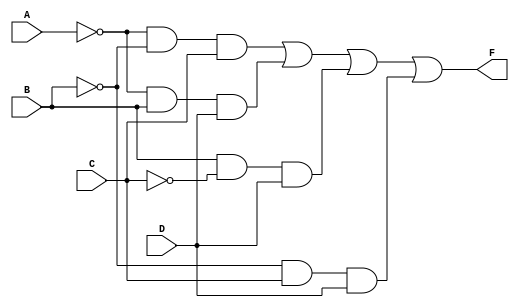
module prime(output F ,input A , B , C , D) ;
 wire w1 , w2 , w3 , w4 ;
 and A1(w1,~A,~B,C) ;
 and A2(w2,~A,B,D);
 and A3(w3,B,~C,D);
 and A4(w4,~B,C,D);
 or O1(F,w1,w2,w3,w4);
endmodule